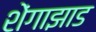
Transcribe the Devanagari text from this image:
शेंगाझाड